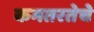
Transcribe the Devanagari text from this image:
कमतरतेचे